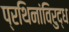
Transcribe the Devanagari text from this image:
प्रथिनांविरुद्ध